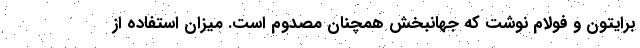
برایتون و فولام نوشت که جهانبخش همچنان مصدوم است. میزان استفاده از